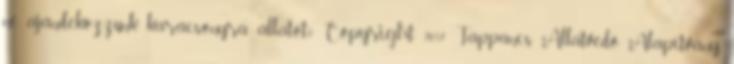
ne ajándékozzunk karácsonyra állatot? Copyright 2017 Tappancs Állatvédő Alapítvány.